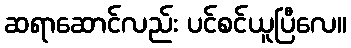
ဆရာဆောင်လည်း ပင်စင်ယူပြီလေ။